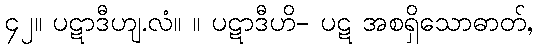
၄၂။ ပဋာဒီဟျ.လံ။ ။ ပဋာဒီဟိ- ပဋ အစရှိသောဓာတ်,